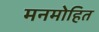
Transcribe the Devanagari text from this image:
मनमोहित